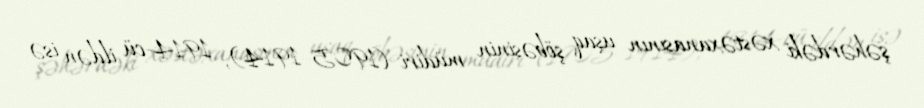
şəhərdəki xəstəxanasının uşaq şöbəsinin müdiri (1905–1914), 1914-cü ildən isə